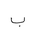
Letter: _ba